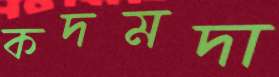
কদমদা